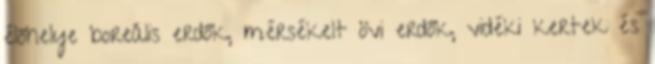
élőhelye boreális erdők, mérsékelt övi erdők, vidéki kertek és